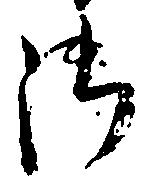
御